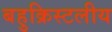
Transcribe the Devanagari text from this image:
बहुक्रिस्टलीय